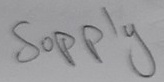
Text: Supply